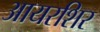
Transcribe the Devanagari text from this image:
आयरशिर